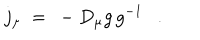
j _ { \mu } ~ = ~ \mathrm { } - D _ { \mu } g \, g ^ { - 1 } .